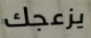
يزعجك